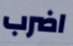
اضرب